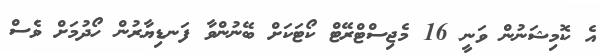
އެ ކޮމިޝަނުން ވަނީ 16 މެޖިސްޓްރޭޓް ކޯޓަކަށް ބޭނުންވާ ފަނޑިޔާރުން ހޯދުމަށް ވެސް